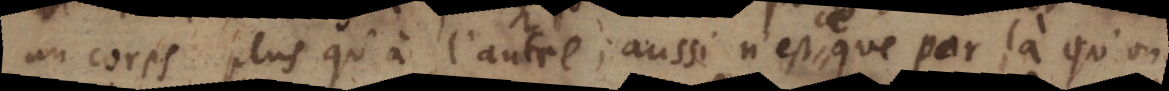
un corps plus qu’à l’autre; aussi n’est ce que par là qu’on